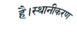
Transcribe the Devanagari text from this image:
है।स्थानीकरण